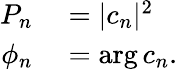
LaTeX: \begin{array}{rl}{P_{n}}&{{}=|c_{n}|^{2}}\\ {\phi_{n}}&{{}=\arg c_{n}.}\end{array}